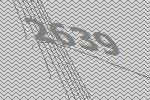
2639